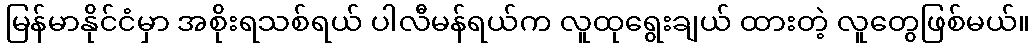
မြန်မာနိုင်ငံမှာ အစိုးရသစ်ရယ် ပါလီမန်ရယ်က လူထုရွေးချယ် ထားတဲ့ လူတွေဖြစ်မယ်။